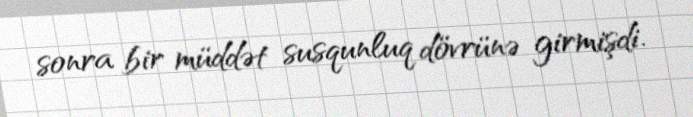
sonra bir müddət susqunluq dövrünə girmişdi.